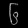
Digit: ၆